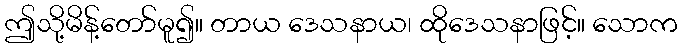
ဤသို့မိန့်တော်မူ၍။ တာယ ဒေသနာယ၊ ထိုဒေသနာဖြင့်။ သောက